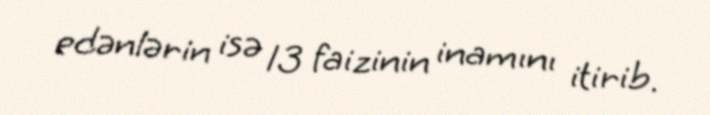
edənlərin isə 13 faizinin inamını itirib.